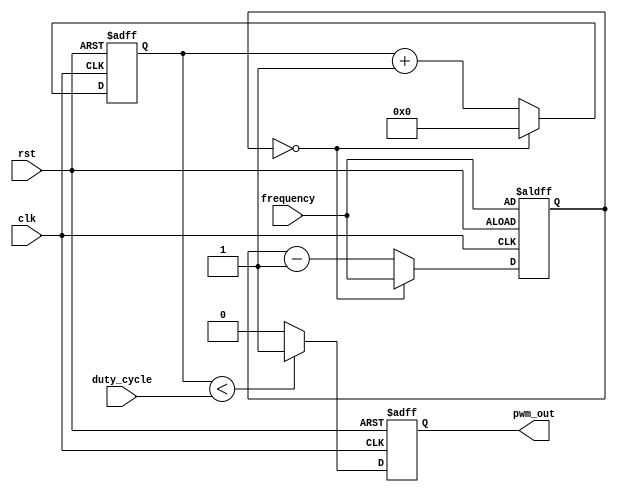
module pwm_generator (
    input wire clk,
    input wire rst,
    input wire [7:0] duty_cycle,
    input wire [11:0] frequency,
    output reg pwm_out
);

reg [11:0] pwm_counter;
reg [11:0] period_counter;

always @(posedge clk or posedge rst) begin
    if (rst) begin
        pwm_counter <= 12'h000;
        period_counter <= frequency;
        pwm_out <= 1'b0;
    end else begin
        if (pwm_counter < duty_cycle) begin
            pwm_out <= 1'b1;
        end else begin
            pwm_out <= 1'b0;
        end
        if (period_counter == 0) begin
            period_counter <= frequency;
            pwm_counter <= 12'h000;
        end else begin
            period_counter <= period_counter - 1;
            pwm_counter <= pwm_counter + 1;
        end
    end
end

endmodule